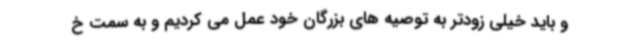
و باید خیلی زودتر به توصیه های بزرگان خود عمل می کردیم و به سمت خ